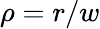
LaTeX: \rho=r/w